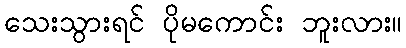
သေးသွားရင် ပိုမကောင်း ဘူးလား။